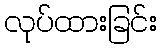
လုပ်ထားခြင်း